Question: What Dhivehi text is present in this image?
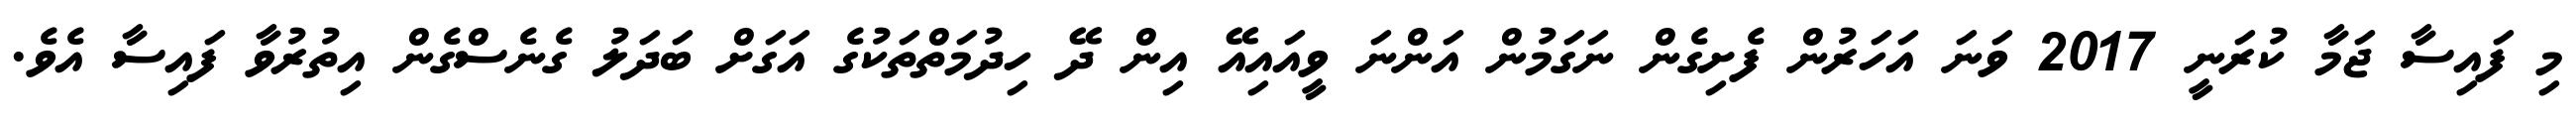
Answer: މި ފައިސާ ޖަމާ ކުރަނީ 2017 ވަނަ އަހަރުން ފެށިގެން ނަގަމުން އަންނަ ވީއައިއޭ އިން ދޭ ހިދުމަތްތަކުގެ އަގަށް ބަދަލު ގެނެސްގެން އިތުރުވާ ފައިސާ އެވެ.